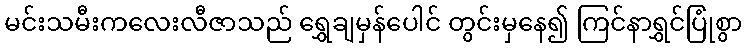
မင်းသမီးကလေးလီဇာသည် ရွှေချမှန်ပေါင် တွင်းမှနေ၍ ကြင်နာရွှင်ပြုံစွာ